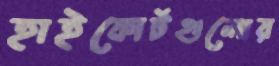
হাইকোর্টগুলোর